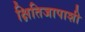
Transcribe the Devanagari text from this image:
क्षितिजापाशी